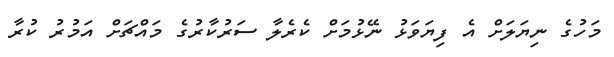
މަހުގެ ނިޔަލަށް އެ ފިޔަވަޅު ނޭޅުމަށް ކެރެލާ ސަރުކާރުގެ މައްޗަށް އަމުރު ކުރާ